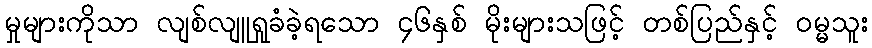
မှုများကိုသာ လျစ်လျူရှုခံခဲ့ရသော ၄၆နှစ် မိုးများသဖြင့် တစ်ပြည်နှင့် ဝမ္မသူး